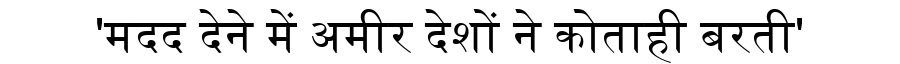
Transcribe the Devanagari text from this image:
'मदद देने में अमीर देशों ने कोताही बरती'